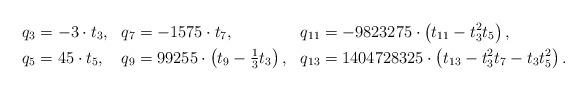
LaTeX: \begin{align*}q_3 &= -3\cdot t_3,&q_7 &= -1575\cdot t_7,&q_{11} &= -9823275\cdot \left(t_{11} - t_3^2t_5 \right),\\q_5 &= 45\cdot t_5,&q_9 &=\textstyle 99255\cdot \left(t_9 - \frac{1}{3}t_3 \right), &q_{13} &= 1404728325\cdot \left(t_{13} - t_3^2t_7 - t_3t_5^2 \right).\end{align*}